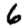
Digit: 6